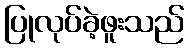
ပြုလုပ်ခဲ့ဖူးသည်